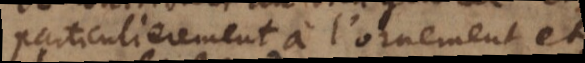
particulierement à l’ornement et